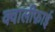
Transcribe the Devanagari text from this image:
क्वालीफ़ाई